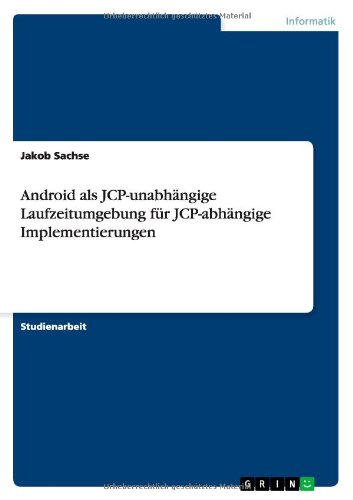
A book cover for Android ALS Jcp-Unabhangige Laufzeitumgebung Fur Jcp-Abhangige Implementierungen (German Edition); Jakob Sachse; Computers & Technology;